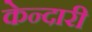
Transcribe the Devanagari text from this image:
केन्दारी